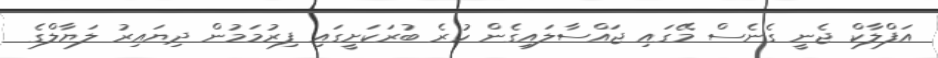
އަފްލާކް ޖެނީ ގެނެސް މޭގައި ޖައްސާލައިގެން ހުރެ ބުރަކަށީގައި ފިރުމަމުން ދިޔައިރު ލަޔާލްގެ